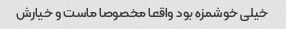
خیلی خوشمزه بود واقعا مخصوصا ماست و خیارش